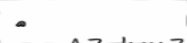
٧